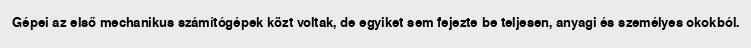
Gépei az első mechanikus számítógépek közt voltak, de egyiket sem fejezte be teljesen, anyagi és személyes okokból.